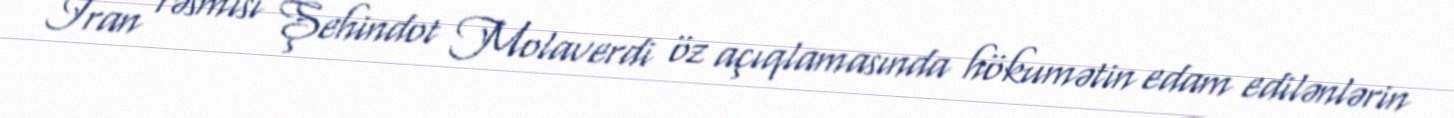
İran rəsmisi Şehindot Molaverdi öz açıqlamasında hökumətin edam edilənlərin